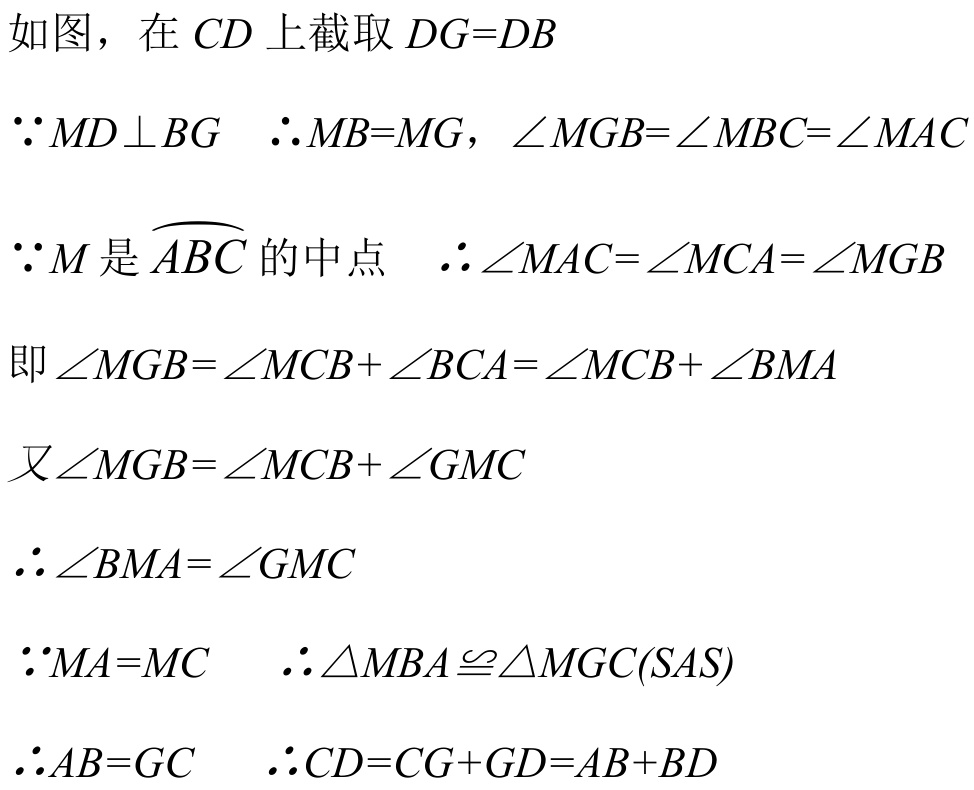
如图，在 \(CD\) 上截取 \(DG = DB\)

\(\because MD\perp BG\)  \(\therefore MB = MG\)，\(\angle MGB=\angle MBC=\angle MAC\)

\(\because M\) 是 \(\overset{\frown}{ABC}\) 的中点  \(\therefore\angle MAC=\angle MCA=\angle MGB\)

即 \(\angle MGB=\angle MCB+\angle BCA=\angle MCB+\angle BMA\)

又 \(\angle MGB=\angle MCB+\angle GMC\)

\(\therefore\angle BMA=\angle GMC\)

\(\because MA = MC\)  \(\therefore\triangle MBA\cong\triangle MGC(SAS)\)

\(\therefore AB = GC\)  \(\therefore CD=CG + GD=AB + BD\)